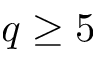
q \geq 5